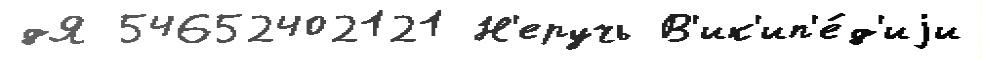
дЯ 54652402121 Н'еручь В'ик'ип'е́д'иjи